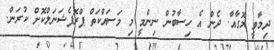
ދިމާވީ މޮގާއާ. ދެން އެ ހިސާބުން ނިންމީ މި މަސައްކަތް ޕްރޮފެޝަނަލްކޮށް ކުރަން.